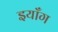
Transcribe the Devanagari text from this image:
इयाँग